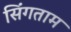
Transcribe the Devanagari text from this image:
सिंगताम